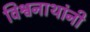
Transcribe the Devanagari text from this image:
विश्वनाथांनी